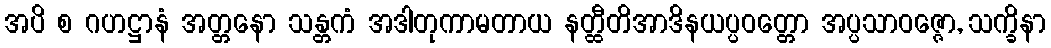
အပိ စ ဂဟဋ္ဌာနံ အတ္တနော သန္တကံ အဒါတုကာမတာယ နတ္ထီတိအာဒိနယပ္ပဝတ္တော အပ္ပသာဝဇ္ဇော, သက္ခိနာ